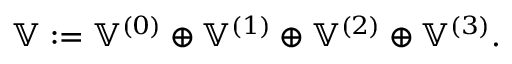
\mathbb { V } : = \mathbb { V } ^ { ( 0 ) } \oplus \mathbb { V } ^ { ( 1 ) } \oplus \mathbb { V } ^ { ( 2 ) } \oplus \mathbb { V } ^ { ( 3 ) } .